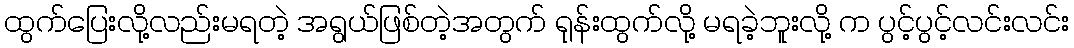
ထွက်ပြေးလို့လည်းမရတဲ့ အရွယ်ဖြစ်တဲ့အတွက် ရုန်းထွက်လို့ မရခဲ့ဘူးလို့ က ပွင့်ပွင့်လင်းလင်း